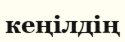
кеңілдің